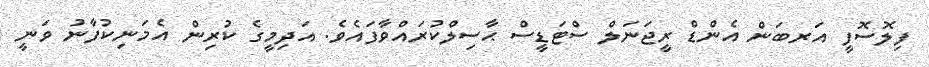
ފިލޮސޮފީ އަރބަން އެންޑް ރީޖަނަލް ސްޓަޑީސް ޙާސިލްކުރައްވާފައެވެ. އަދިމީގެ ކުރިން އެމަނިކުފާނު ވަނީ